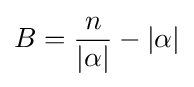
B={\frac {n}{\left|\alpha \right|}}-\left|\alpha \right|